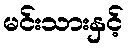
မင်းသားနှင့်